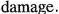
damage.